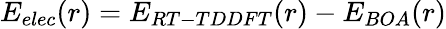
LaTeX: E_{elec}(r)=E_{RT-TDDFT}(r)-E_{BOA}(r)